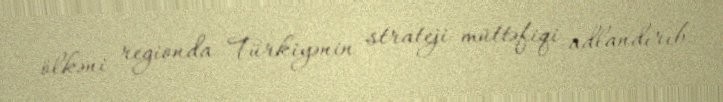
ölkəni regionda Türkiyənin strateji müttəfiqi adlandırıb.